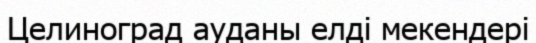
Целиноград ауданы елді мекендері